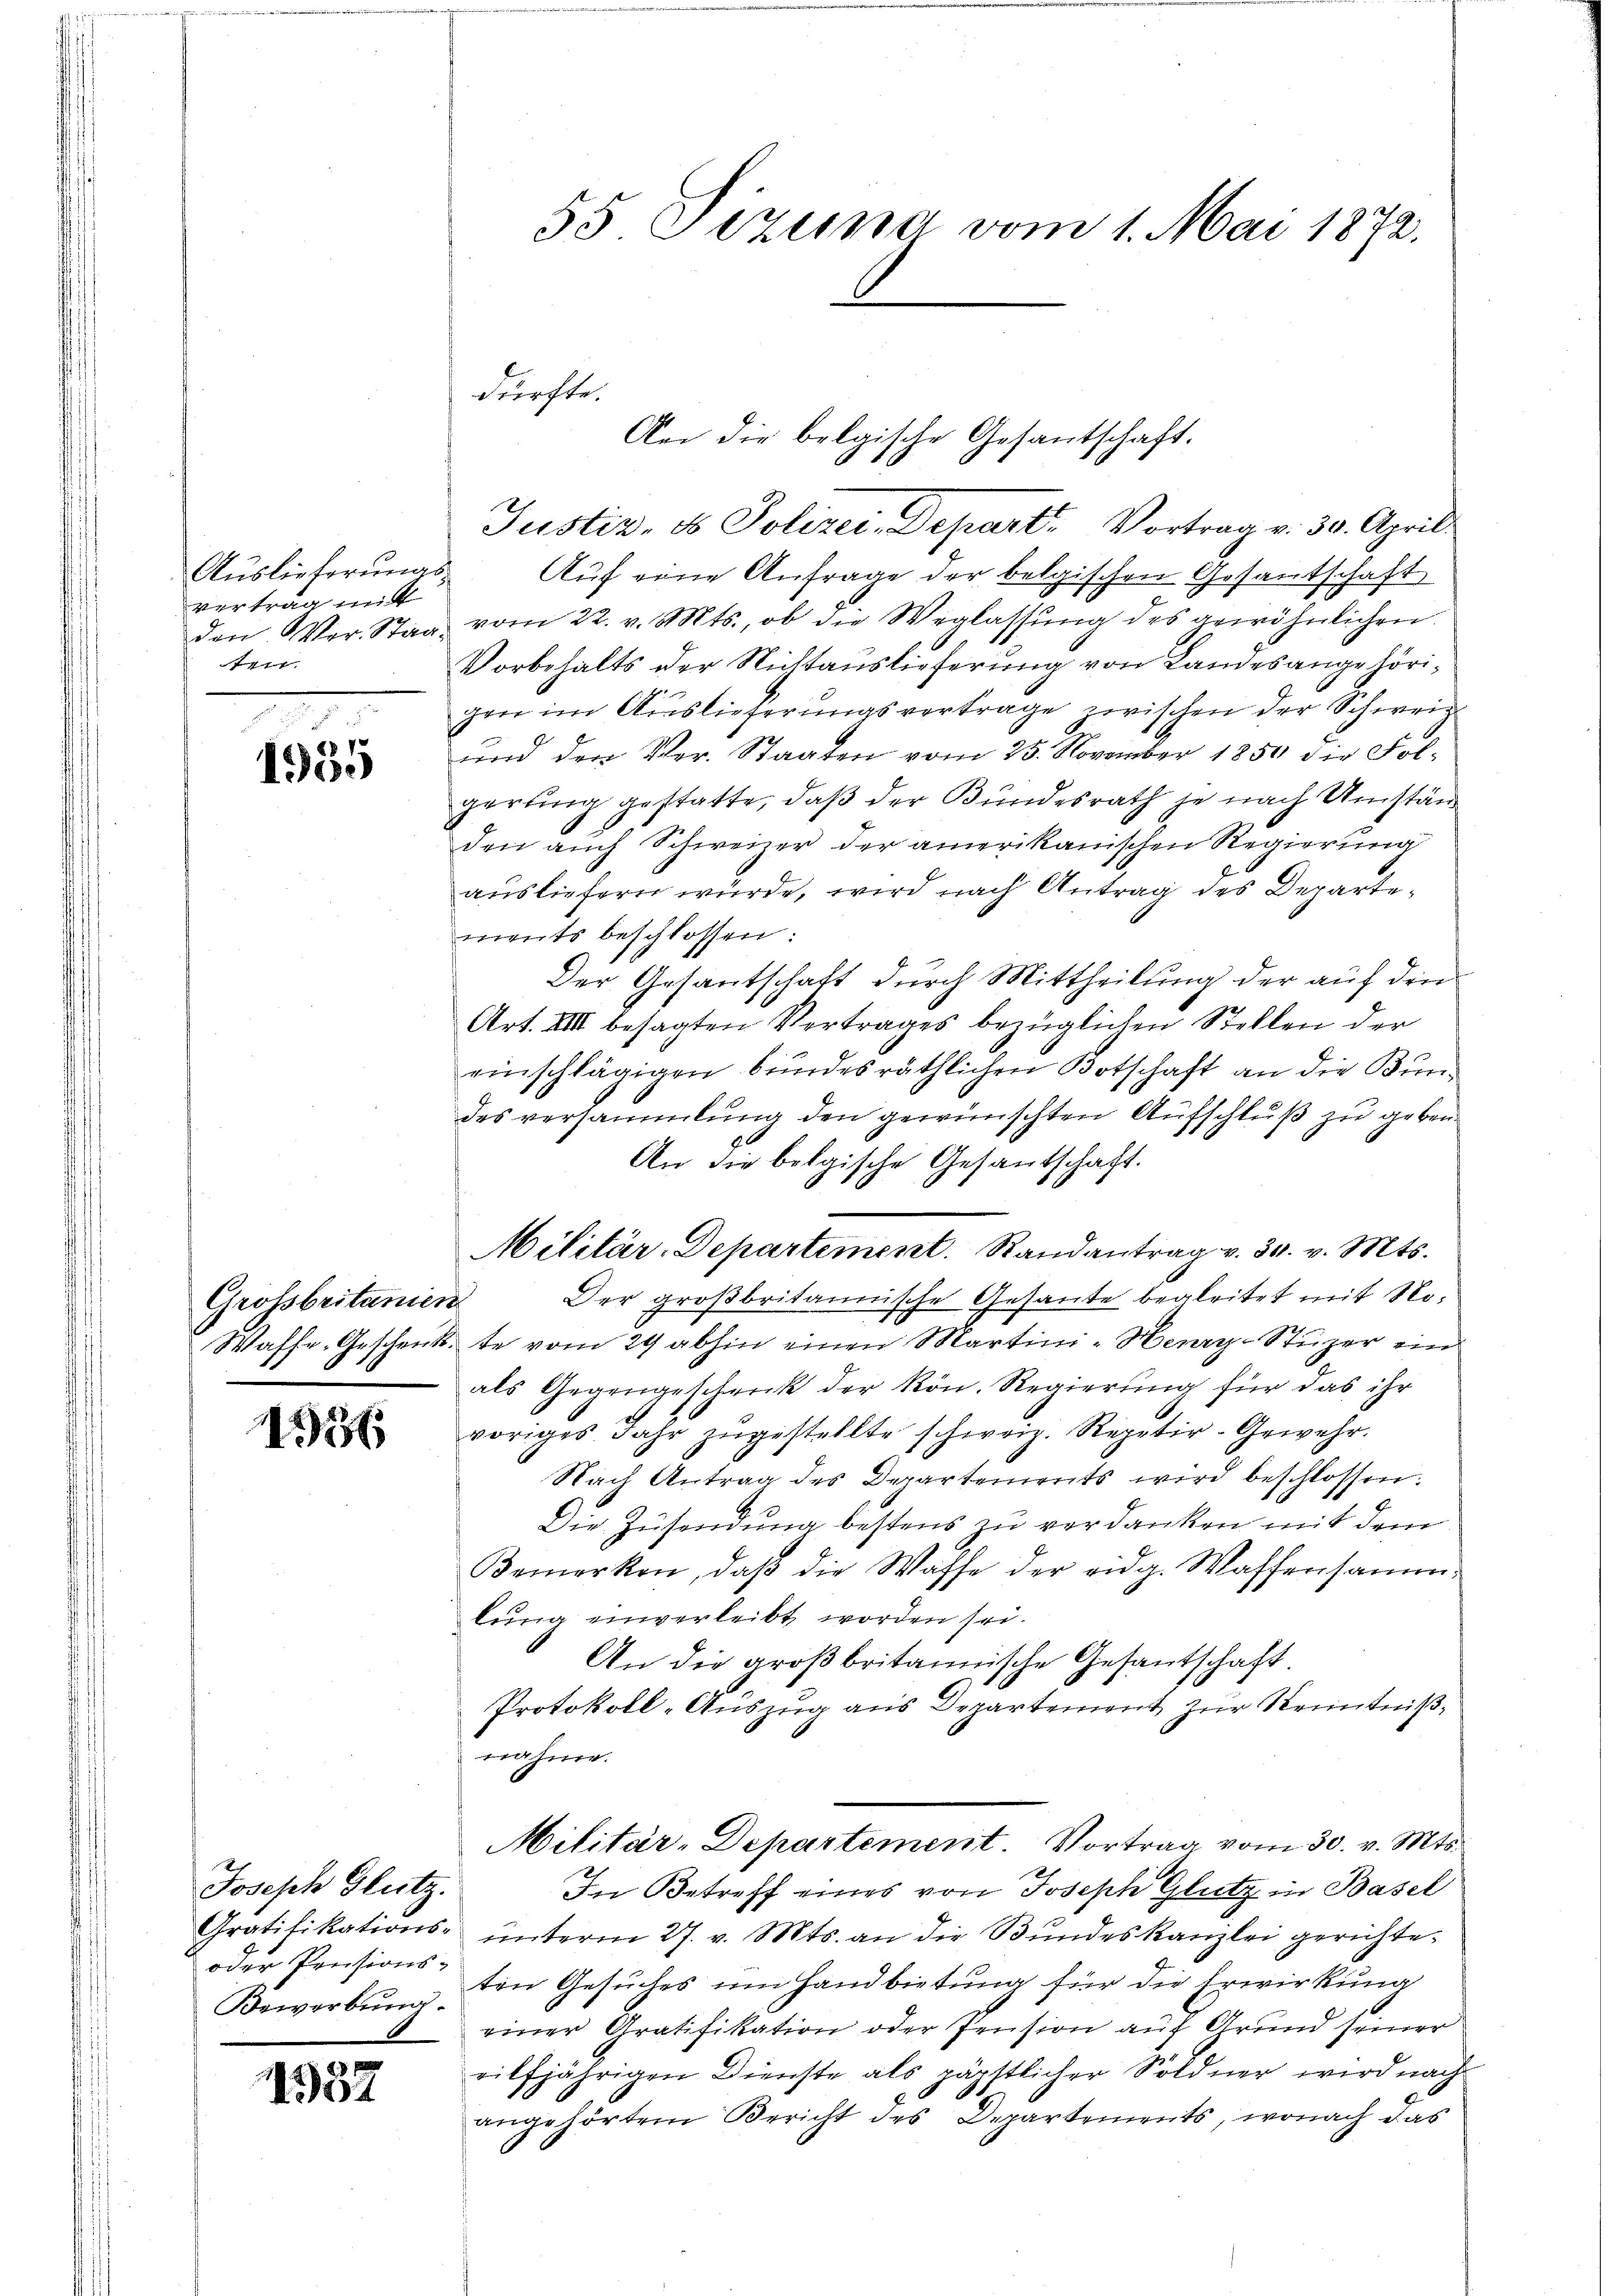
Auslieferungsvertrag mit
den Ver- Staa¬
441.

1
1955

Grossbritanien

56

Joseph Glutz.
oder Pensions-

1937

55 Pizuna vom 1. Mai 1872.

dürfte.

An die belgische Gesantschaft.
Justiv, ds Polizei-Depart. Vortrag v. 30. April
Auf eine Anfrage der belgischen Gesantschaft
vom 22. v. Mts., ob die Weglassŭng des gewöhnlichen
Vorbehalts der Nichtauslieferung von Landesangehörigen im Auslieferungsvertrage zwischen der Schweiz
und den Ver. Staaten vom 25. November 1850 die Folgerling gestatte, daß der Bundesrath je nach Umständen auch Schweizer der amerikanischen Regierung
ausliefern würde, wird nach Antrag des Departements beschlossen:
Der Gesantschaft durch Mittheilung der auf den
Art. XIII besagten Vertrages bezüglichen Stellen der
einschlägigen bundesräthlichen Botschaft an die Bundes versammlung den gewünschten Aufschluß zu geben.
An die belgische Gesandschaft.
Militär-Departement. Randantrag v. 30. v. Mts.
Der großbritannische Gesante begleitet mit No¬
Waffe-Geschenkte vom 29 abhin einen Martini-Hery-Stuzer ein
als Gegengeschreck der Rön. Regierung für das ihr
voriges Jahr zugestellte schweiz. Repetir-Gewehr.
Nach Antrag des Departements wird beschlossen:
Die Zusendung bestens zu verdanken mit dem
Bemerken, daß die Waffe der eidg. Waffensammlung einverleibt worden sei.
An die großbritannische Gesantschaft.
Protokoll-Auszug aus Departement zur Kenntnißnahme.
Militär-Departement. Vortrag vom 30. v. Mts.
In Betreff eines von Joseph Glutz in Basel
Gratifikations- ŭnterm 27. v. Mts. an die Bŭndeskanzlei gerichte¬
Bewerbŭng den Gesŭches um Handbietung für die Erwirkung
einer Gratifikation oder Pension auf Grund seiner
eilfjährigen Dienste als päpstlicher Söldner wird nach
angehörtem Bericht des Departements, wonach das